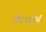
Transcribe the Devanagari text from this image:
मैटरहौर्न